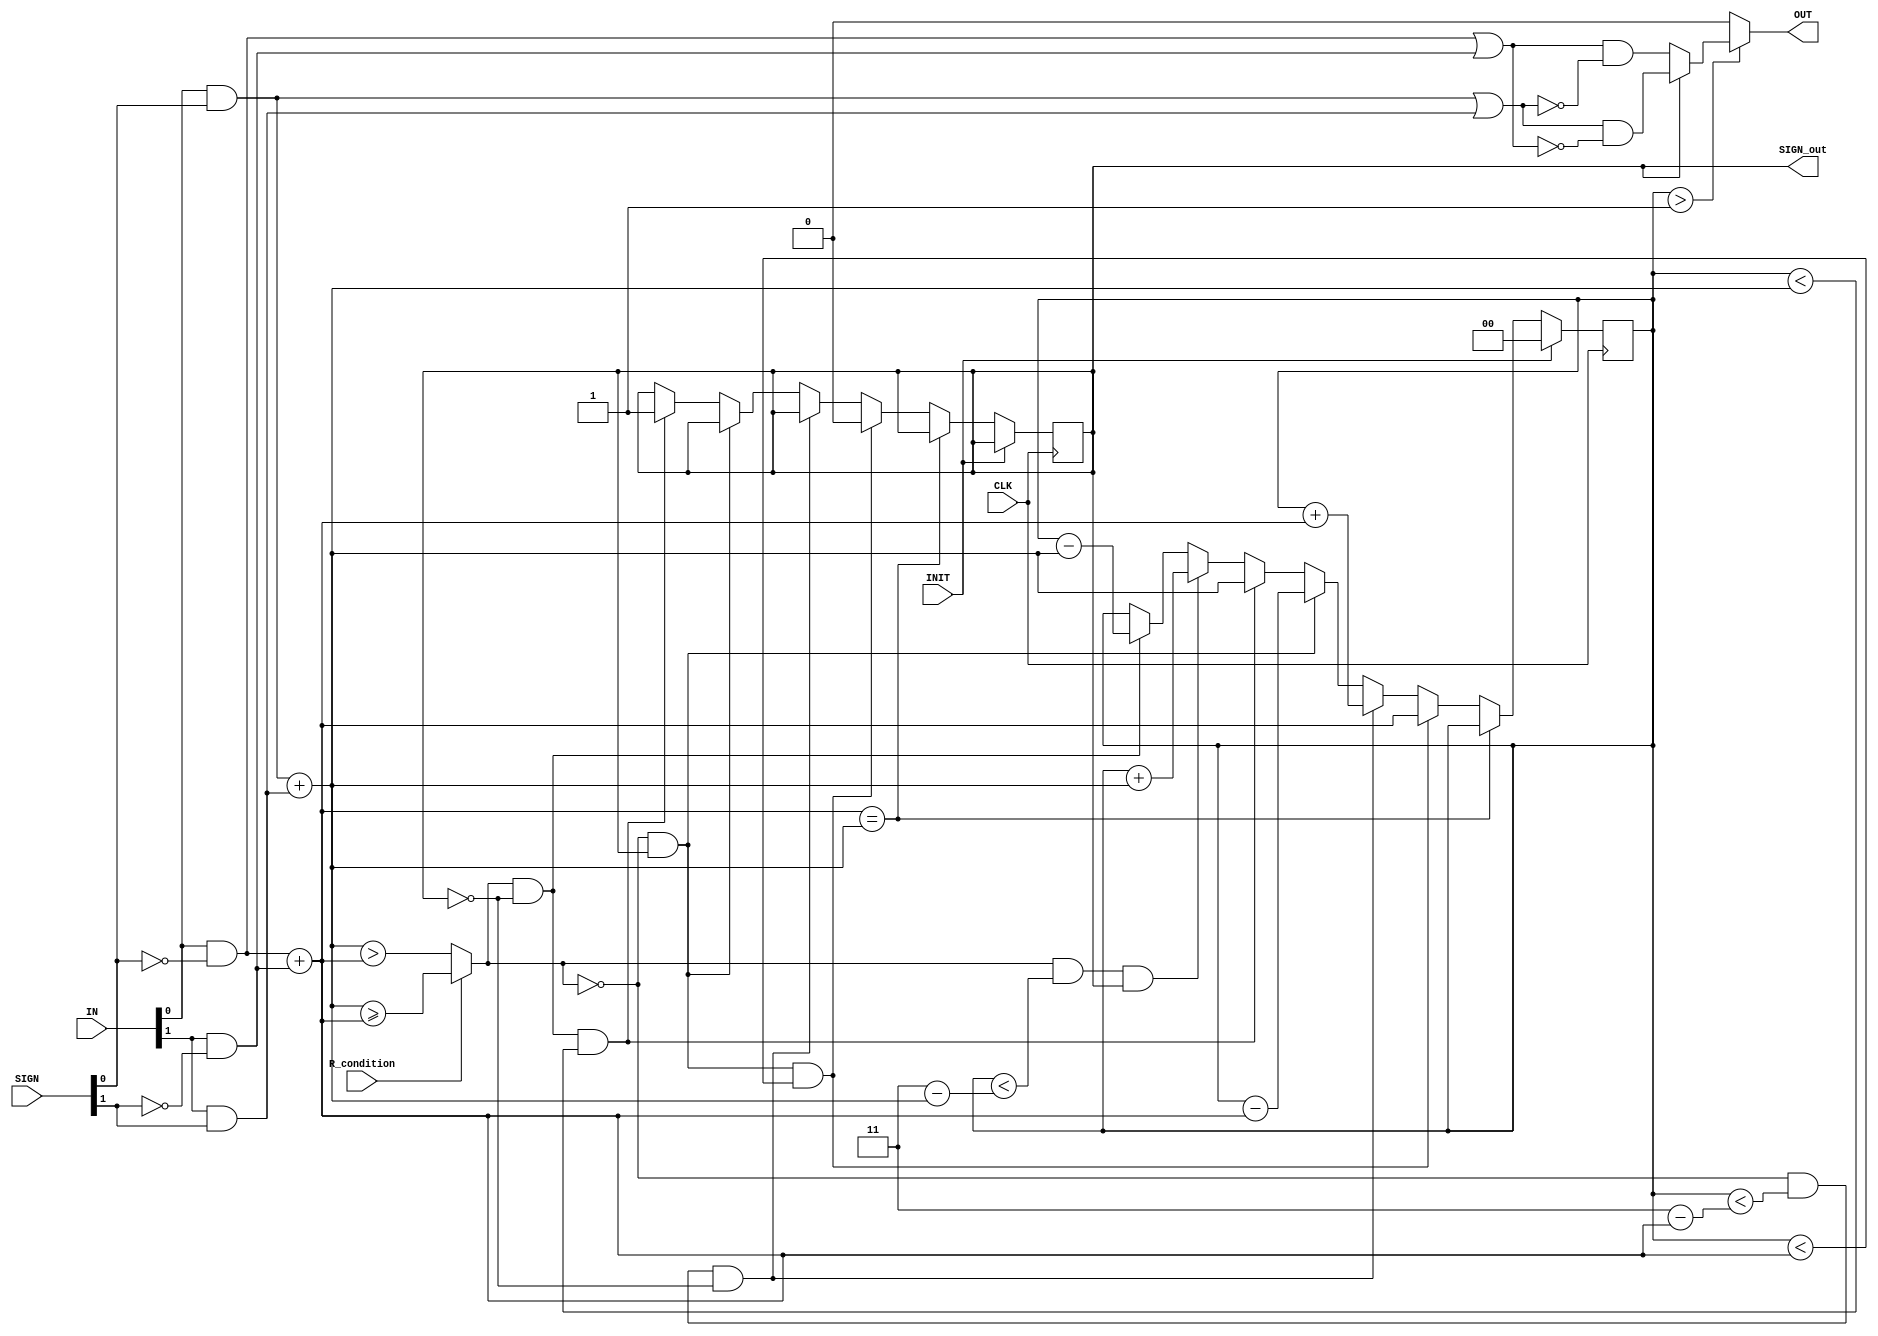

// Chris Ceroici
// Perform stochastic arithmetic for N inputs
// requires SIGN input for each input argument

module SS_ADDSUB2(CLK,INIT,IN,SIGN,R_condition,OUT,SIGN_out);

parameter N = 2;
parameter DIFFCOUNTER_SIZE = 2;
parameter DIFFCOUNT_MIN = 1;

input CLK,INIT;
input [N-1:0] IN,SIGN;
input R_condition;

output OUT,SIGN_out;

wire INPUT_SUM_pos, INPUT_SUM_neg;
wire OUTPUT_pos, OUTPUT_neg, OUT;
wire COUNT_ACTIVE;

reg [DIFFCOUNTER_SIZE-1:0] DIFFCOUNT = 1'd0;
reg DIFFCOUNT_SIGN = 1'd0;

reg [DIFFCOUNTER_SIZE-1:0] DIFFCOUNT_LIMIT = 1'd0-1'd1;

wire [N-1:0] N_INPUTS_pos;
wire [N-1:0] N_INPUTS_neg;

assign N_INPUTS_pos = {1'b0,IN[0]&(~SIGN[0])} + {1'b0,IN[1]&(~SIGN[1])};
assign N_INPUTS_neg = {1'b0,IN[0]&(SIGN[0])} + {1'b0,IN[1]&(SIGN[1])};

wire EQUAL, INPUT_SIGN;

assign EQUAL = (N_INPUTS_pos==N_INPUTS_neg);

assign INPUT_SIGN = (R_condition) ?  (N_INPUTS_neg>=N_INPUTS_pos) : (N_INPUTS_neg>N_INPUTS_pos);

always @(posedge CLK) begin

	if (INIT) begin
		DIFFCOUNT_SIGN = DIFFCOUNT_SIGN;
		DIFFCOUNT <= 1'b0;
	end else if (EQUAL) DIFFCOUNT <= DIFFCOUNT;
	else if ((!INPUT_SIGN)&(DIFFCOUNT_SIGN)&(DIFFCOUNT<N_INPUTS_pos)) begin // +ve input, currently -ve, cross: -ve -> +ve
		DIFFCOUNT_SIGN = 1'b0;
		DIFFCOUNT <= N_INPUTS_pos; 
	end else if ((!INPUT_SIGN)&(DIFFCOUNT<(DIFFCOUNT_LIMIT-N_INPUTS_pos))&(!DIFFCOUNT_SIGN)) begin // +ve input, currently +ve, stay as positive and increment
			DIFFCOUNT <= DIFFCOUNT + N_INPUTS_pos; 
	end else if ((!INPUT_SIGN)&(DIFFCOUNT_SIGN)) begin // +ve input, currently -ve, stay -ve and decrement
			DIFFCOUNT <= DIFFCOUNT - N_INPUTS_pos; 
	end else if ((INPUT_SIGN)&(!DIFFCOUNT_SIGN)&(DIFFCOUNT<N_INPUTS_neg)) begin // -ve input, currently +ve, cross: +ve -> -ve
		DIFFCOUNT_SIGN = 1'b1;
		DIFFCOUNT <= N_INPUTS_neg; 
	end else if ((INPUT_SIGN)&(DIFFCOUNT<(DIFFCOUNT_LIMIT-N_INPUTS_neg))&(DIFFCOUNT_SIGN)) begin // -ve input, currently -ve, stay as negative and increment
			DIFFCOUNT <= DIFFCOUNT + N_INPUTS_neg; 
	end else if ((INPUT_SIGN)&(!DIFFCOUNT_SIGN)) begin // -ve input, currently +ve, stay +ve and decrement
			DIFFCOUNT <= DIFFCOUNT - N_INPUTS_neg; 
	end else DIFFCOUNT <= DIFFCOUNT;
	
end


assign SIGN_out = DIFFCOUNT_SIGN;

assign INPUT_SUM_pos = (IN[0]&(~SIGN[0]))|(IN[1]&(~SIGN[1]));
assign INPUT_SUM_neg = (IN[0]&(SIGN[0]))|(IN[1]&(SIGN[1]));

assign OUTPUT_pos = INPUT_SUM_pos&(~INPUT_SUM_neg);
assign OUTPUT_neg = INPUT_SUM_neg&(~INPUT_SUM_pos);

//assign OUTPUT_pos = INPUT_SUM_pos&(~INPUT_SUM_neg)&(DIFFCOUNT>DIFFCOUNT_MIN);
//assign OUTPUT_neg = INPUT_SUM_neg&(~INPUT_SUM_pos)&(DIFFCOUNT>DIFFCOUNT_MIN);

assign OUT_temp = (SIGN_out) ? (OUTPUT_neg) : (OUTPUT_pos);

assign OUT = (DIFFCOUNT > (DIFFCOUNT_MIN)) ? OUT_temp : 1'b0;

endmodule